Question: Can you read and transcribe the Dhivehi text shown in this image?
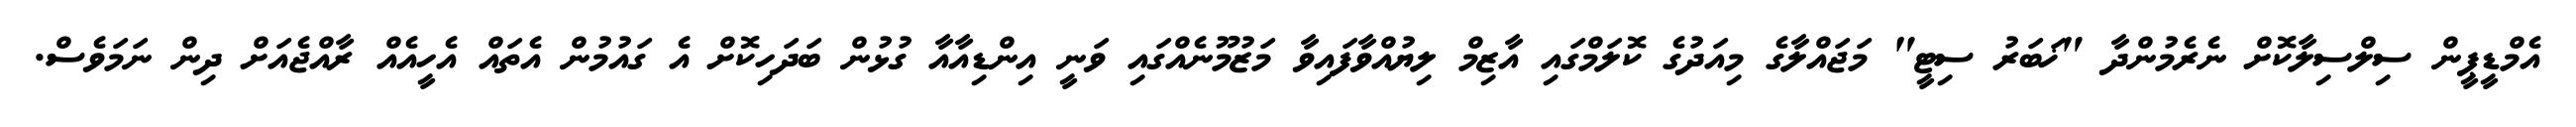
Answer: އެމްޑީޕީން ސިލްސިލާކޮށް ނެރެމުންދާ "ޚަބަރު ސިޓީ" މަޖައްލާގެ މިއަދުގެ ކޮލަމްގައި އާޒިމް ލިޔުއްވާފައިވާ މަޒުމޫނެއްގައި ވަނީ އިންޑިއާއާ ގުޅުން ބަދަހިކޮށް އެ ގައުމުން އެތައް އެހީއެއް ރާއްޖެއަށް ދިން ނަމަވެސް.